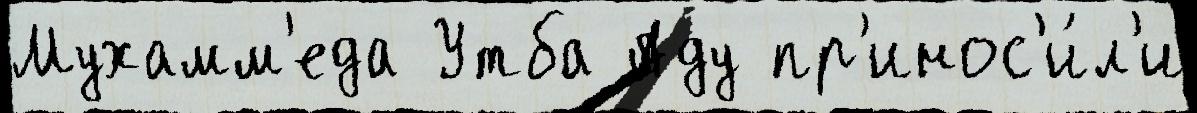
Мухамм'еда Утба Аду пр'инос'и́л'и